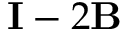
\mathbf { I } - 2 \mathbf { B }